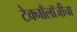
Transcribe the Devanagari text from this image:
टेक्नाँलॉजीचा